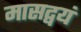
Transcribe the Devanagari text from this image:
मासद्वयं